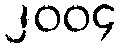
၂၀၀၄